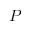
P